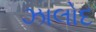
ઝાલોદ